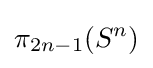
\pi _{2n-1}(S^{n})